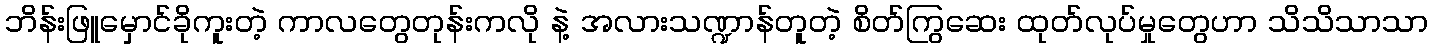
ဘိန်းဖြူမှောင်ခိုကူးတဲ့ ကာလတွေတုန်းကလို နဲ့ အလားသဏ္ဍာန်တူတဲ့ စိတ်ကြွဆေး ထုတ်လုပ်မှုတွေဟာ သိသိသာသာ